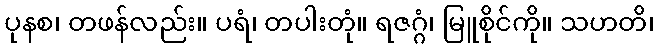
ပုနစ၊ တဖန်လည်း။ ပရံ၊ တပါးတုံ။ ရဇဂ္ဂံ၊ မြူစိုင်ကို။ သဟတိ၊